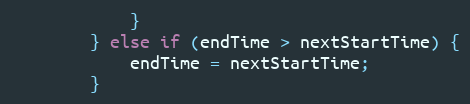
Language: Java
			}
		} else if (endTime > nextStartTime) {
			endTime = nextStartTime;
		}